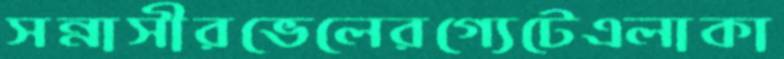
সন্নাসীরভেলেরগ্যেটেএলাকা